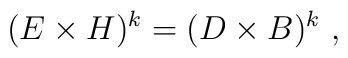
(E\times H)^k = (D\times B)^k\ ,